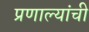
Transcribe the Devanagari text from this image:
प्रणाल्यांची